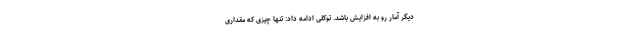
دیگر آمار رو به افزایش باشد. توکلی ادامه داد: تنها چیزی که مقداری